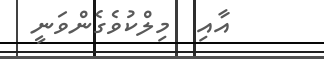
އާއި  މިލްކުވެގެންވަނީ